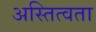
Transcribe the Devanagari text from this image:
अस्तित्वता